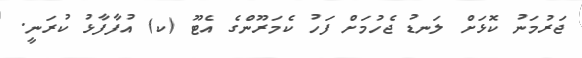
ޖަރުމަނު ކޮޅަށް ލަނޑު ޖެހުމަށް ފަހު ކެމަރޫންގެ އެޓޫ (ކ) އުފާފާޅު ކުރަނީ.